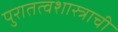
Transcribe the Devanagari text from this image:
पुरातत्वशास्त्राची